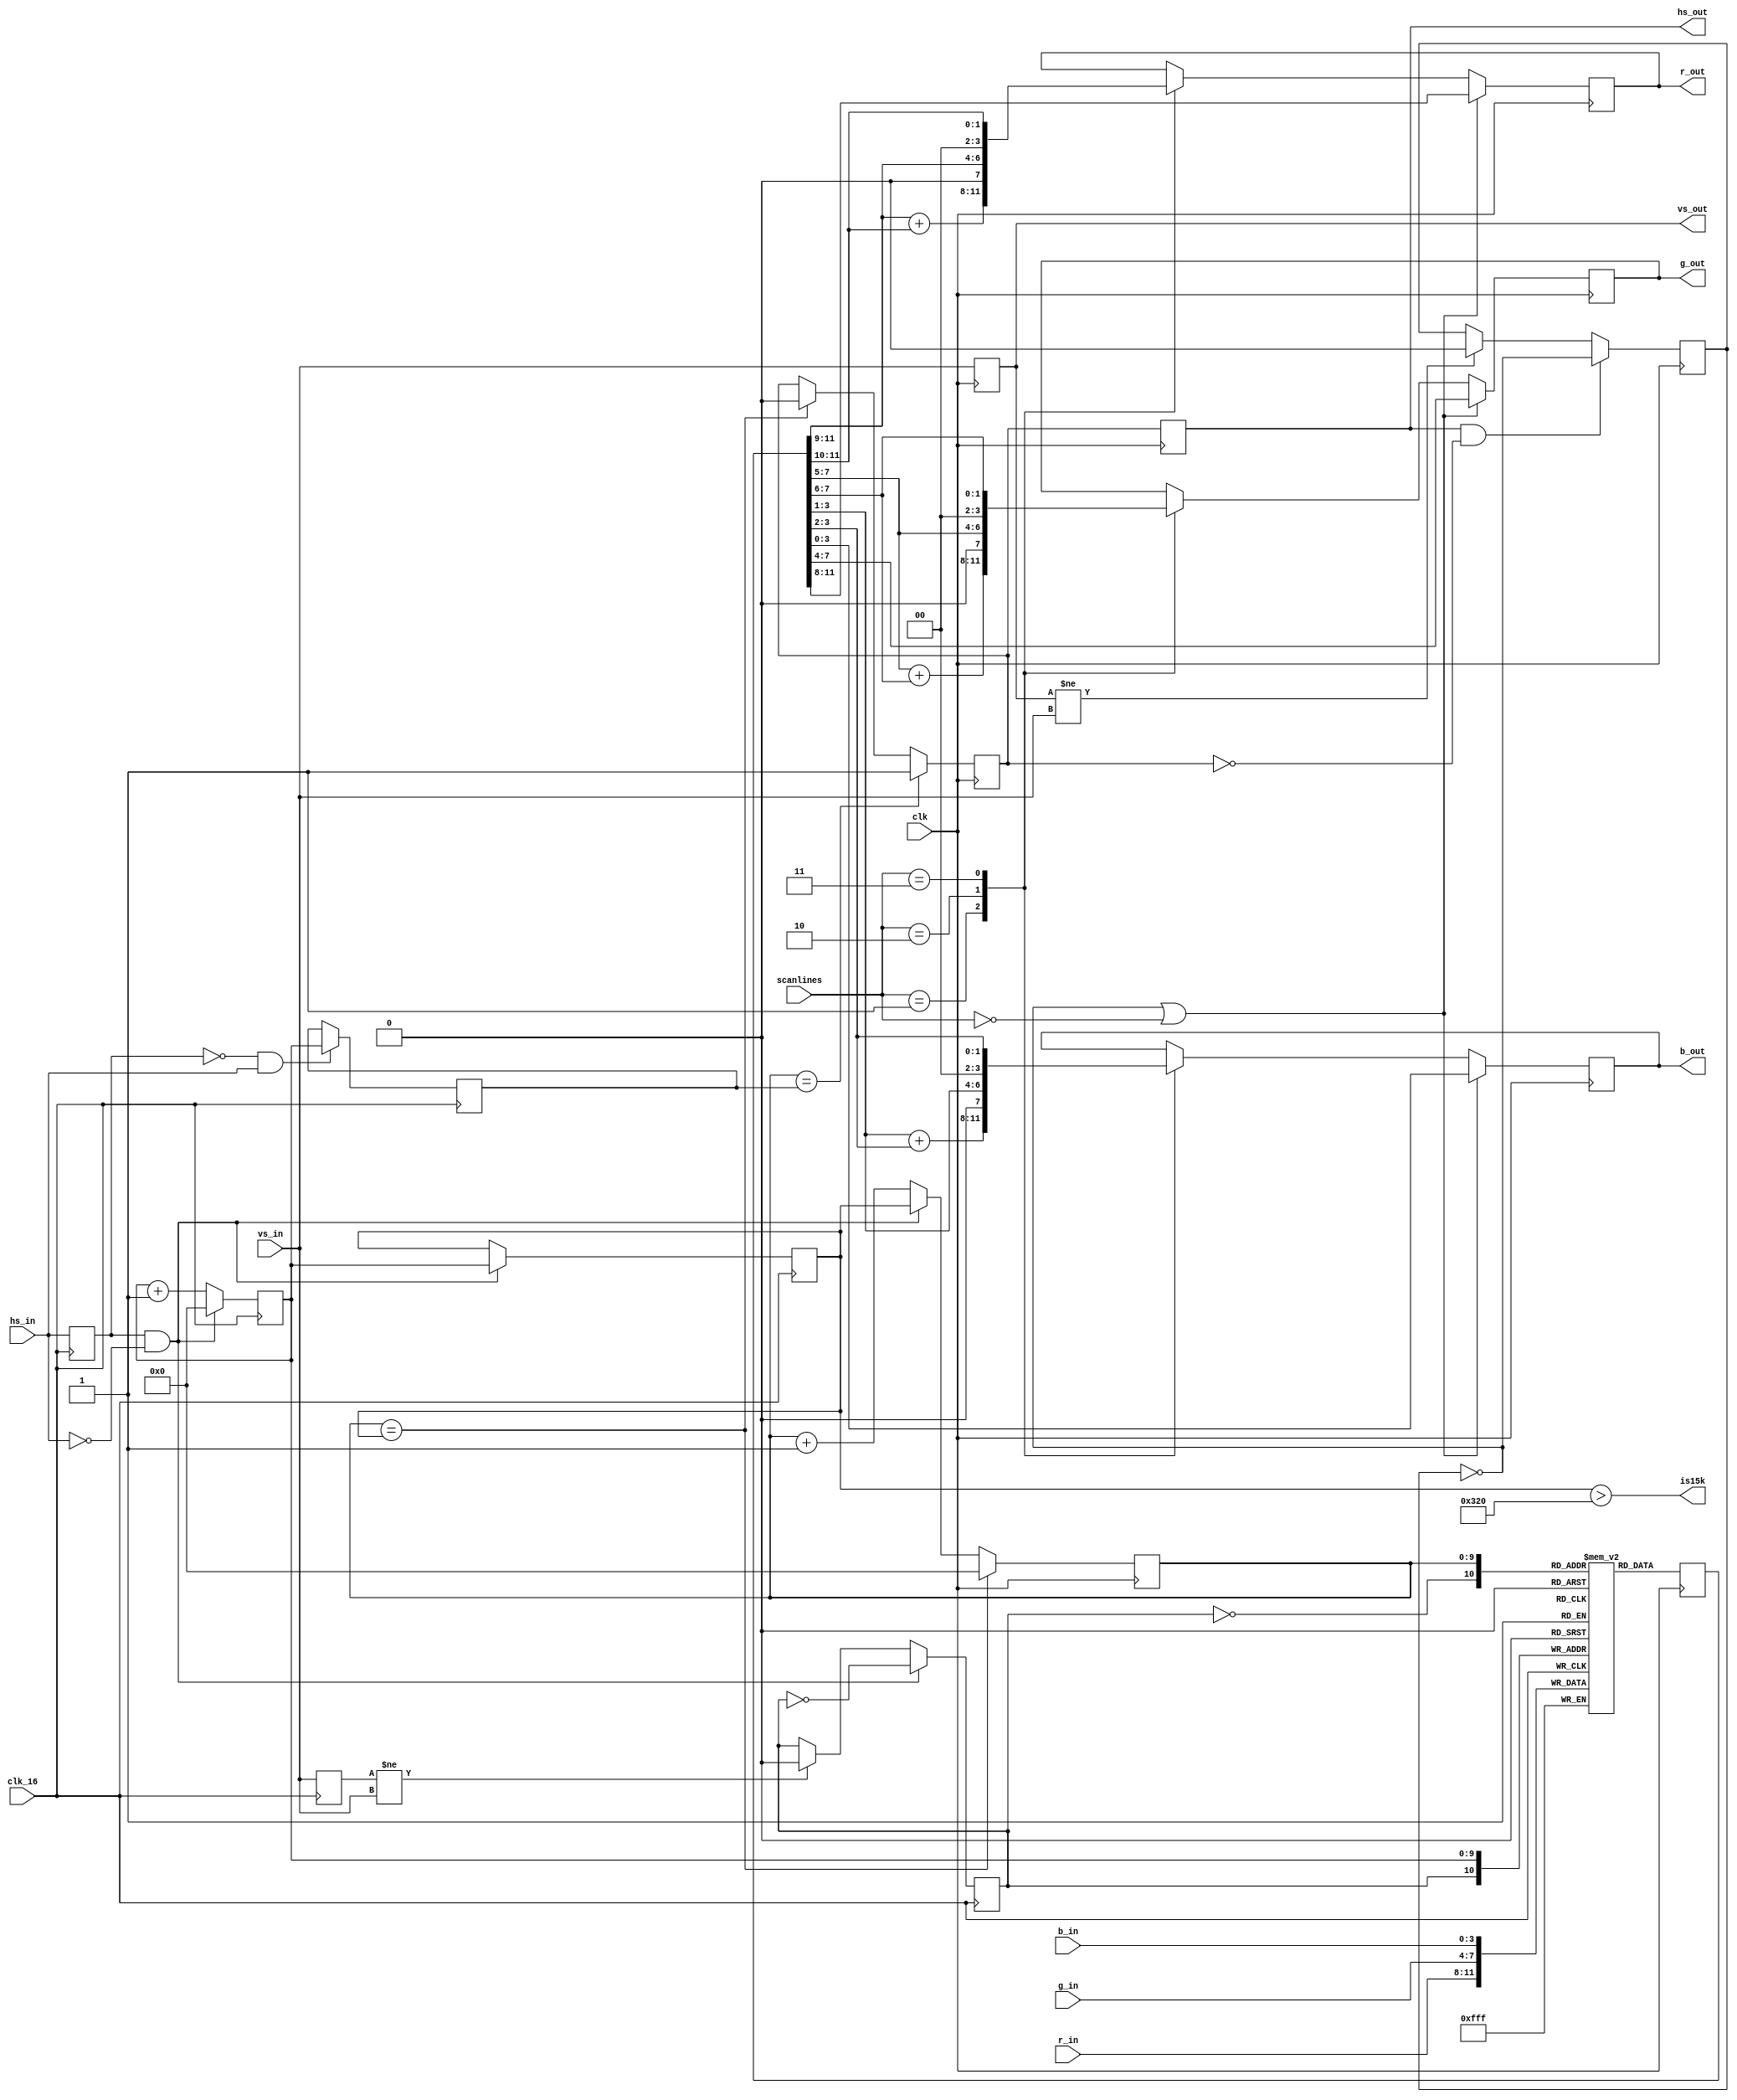
module scandoubler (
  // system interface
  input 	   clk,     // 31.875 MHz
  input            clk_16,  // from shifter

  // scanlines (00-none 01-25% 10-50% 11-75%)
  input [1:0] 	   scanlines,
		    
  // shifter video interface
  input 	   hs_in,
  input 	   vs_in,
  input [3:0] 	   r_in,
  input [3:0] 	   g_in,
  input [3:0] 	   b_in,

  // output interface
  output reg 	   hs_out,
  output reg 	   vs_out,
  output reg [3:0] r_out,
  output reg [3:0] g_out,
  output reg [3:0] b_out,

  output 	   is15k
);

// --------------------- create output signals -----------------
// latch everything once more to make it glitch free and apply scanline effect
reg scanline;
always @(posedge clk) begin
   hs_out <= hs_sd;
   vs_out <= vs_in;

   // reset scanlines at every new screen
   if(vs_out != vs_in)
     scanline <= 1'b0;
   
   // toggle scanlines at begin of every hsync
   if(hs_out && !hs_sd)
     scanline <= !scanline;

   // if no scanlines or not a scanline
   if(!scanline || scanlines == 2'b00) begin
      r_out <= sd_out[11:8];
      g_out <= sd_out[7:4];
      b_out <= sd_out[3:0];
   end else begin
      case(scanlines)
	2'b01: begin // reduce 25% = 1/2 + 1/4
	   r_out <= { 1'b0, sd_out[11:9] } + { 2'b00, sd_out[11:10] };
	   g_out <= { 1'b0, sd_out[7:5] }  + { 2'b00, sd_out[7:6]   };
	   b_out <= { 1'b0, sd_out[3:1] }  + { 2'b00, sd_out[3:2]   };
	end
	
	2'b10: begin // reduce 50% = 1/2
	   r_out <= { 1'b0, sd_out[11:9] };
	   g_out <= { 1'b0, sd_out[7:5] };
	   b_out <= { 1'b0, sd_out[3:1] };
	end
	
	2'b11: begin // reduce 75% = 1/4
	   r_out <= { 2'b00, sd_out[11:10] };
	   g_out <= { 2'b00, sd_out[7:6] };
	   b_out <= { 2'b00, sd_out[3:2] };
	end
      endcase
   end // else: !if(!scanline || scanlines == 2'b00)
end
   
// scan doubler output register
reg [11:0]  sd_out;
   
// ==================================================================
// ======================== the line buffers ========================
// ==================================================================

// 2 lines of 1024 pixels 3*4 bit RGB
reg [11:0] sd_buffer [2047:0];

// use alternating sd_buffers when storing/reading data   
reg vsD;
reg line_toggle;
always @(negedge clk_16) begin
   vsD <= vs_in;

   if(vsD != vs_in) 
     line_toggle <= 1'b0;

   // begin of incoming hsync
   if(hsD && !hs_in) 
     line_toggle <= !line_toggle;
end
   
always @(negedge clk_16)
   sd_buffer[{line_toggle, hcnt}] <= { r_in, g_in, b_in };
   
// ==================================================================
// =================== horizontal timing analysis ===================
// ==================================================================

// signal detection of 15khz if hsync frequency is less than 20KHz
assign is15k = hs_max > (16000000/20000);

// total hsync time (in 16MHz cycles), hs_total reaches 1024
reg [9:0] hs_max;
reg [9:0] hs_rise;
reg [9:0] hcnt;
reg hsD;
   
always @(negedge clk_16) begin
   hsD <= hs_in;

   // falling edge of hsync indicates start of line
   if(hsD && !hs_in) begin
      hs_max <= hcnt;
      hcnt <= 10'd0;
   end else
     hcnt <= hcnt + 10'd1;

   // save position of rising edge
   if(!hsD && hs_in)
     hs_rise <= hcnt;
end
   
// ==================================================================
// ==================== output timing generation ====================
// ==================================================================

reg [9:0] sd_hcnt;
reg hs_sd;

// timing generation runs 32 MHz (twice the input signal analysis speed)
always @(posedge clk) begin

   // output counter synchronous to input and at twice the rate
   sd_hcnt <= sd_hcnt + 10'd1;
   if(hsD && !hs_in)     sd_hcnt <= hs_max;
   if(sd_hcnt == hs_max) sd_hcnt <= 10'd0;

   // replicate horizontal sync at twice the speed
   if(sd_hcnt == hs_max)  hs_sd <= 1'b0;
   if(sd_hcnt == hs_rise) hs_sd <= 1'b1;

   // read data from line sd_buffer
   sd_out <= sd_buffer[{~line_toggle, sd_hcnt}];
end
   
endmodule